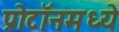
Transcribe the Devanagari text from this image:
प्रोटॉनमध्ये